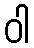
ဝါ